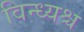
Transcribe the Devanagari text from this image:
विन्ध्यश्च